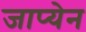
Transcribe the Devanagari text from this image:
जाप्येन